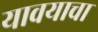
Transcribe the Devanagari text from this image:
यावयाचा